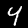
Digit: 4